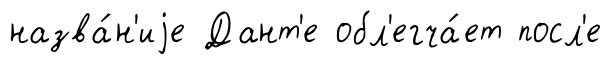
назва́н'иjе Дант'е обл'егча́ет посл'е